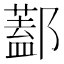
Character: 𨞨